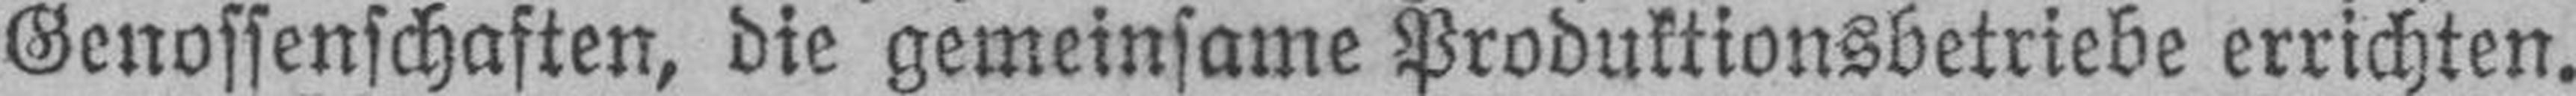
Genossenschaften, die gemeinsame Produktionsbetriebe errichten.